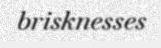
brisknesses